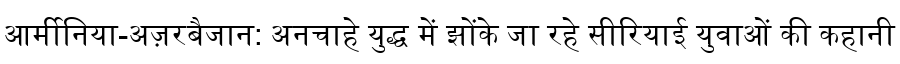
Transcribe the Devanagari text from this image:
आर्मीनिया-अज़रबैजान: अनचाहे युद्ध में झोंके जा रहे सीरियाई युवाओं की कहानी